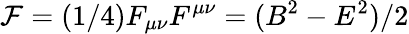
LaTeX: {\cal F}=(1/4)F_{\mu\nu}F^{\mu\nu}=(B^{2}-E^{2})/2